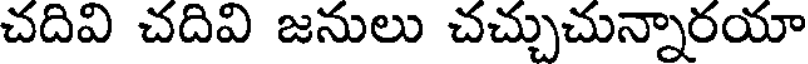
చదివి చదివి జనులు చచ్చుచున్నారయా